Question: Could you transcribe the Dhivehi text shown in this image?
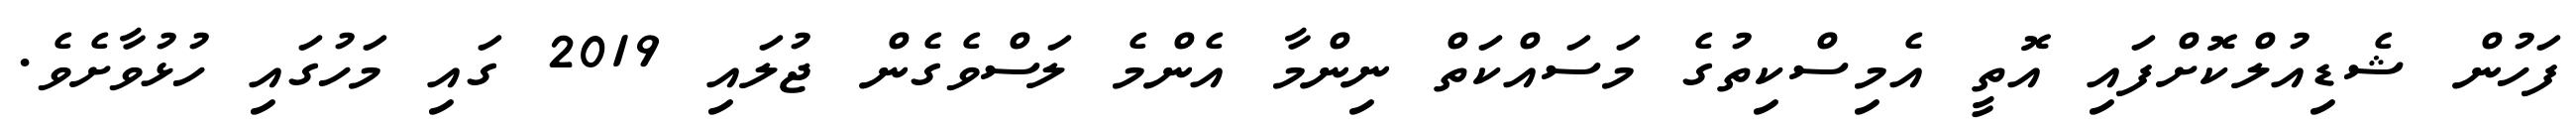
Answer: ފަހުން ޝެޑިއުލްކޮށްފައި އޮތީ އެމިސްކިތުގެ މަސައްކަތް ނިންމާ އެންމެ ލަސްވެގެން ޖުލައި 2019 ގައި މަހުގައި ހުޅުވާށެވެ.